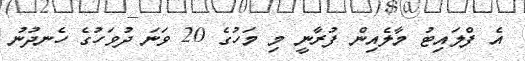
އެ ފްލައިޓު މާލެއިން ފުރާނީ މި މަހުގެ 20 ވަނަ ދުވަހުގެ ހެނދުނު